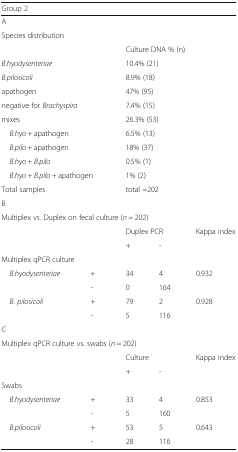
| <COLSPAN=5> Group 2 |
 | --- | --- | --- | --- | --- |
 | <COLSPAN=5> A |
 | <COLSPAN=5> Species distribution |
 | <COLSPAN=2>  | <COLSPAN=3> Culture DNA % (n) |
 | <COLSPAN=2> B.hyodysenteriae | <COLSPAN=3> 10.4% (21) |
 | <COLSPAN=2> B.pilosicoli | <COLSPAN=3> 8.9% (18) |
 | <COLSPAN=2> apathogen | <COLSPAN=3> 47% (95) |
 | <COLSPAN=2> negative for Brachyspira | <COLSPAN=3> 7.4% (15) |
 | <COLSPAN=2> mixes | <COLSPAN=3> 26.3% (53) |
 | <COLSPAN=2> B.hyo + apathogen | <COLSPAN=3> 6.5% (13) |
 | <COLSPAN=2> B.pilo + apathogen | <COLSPAN=3> 18% (37) |
 | <COLSPAN=2> B.hyo + B.pilo | <COLSPAN=3> 0.5% (1) |
 | <COLSPAN=2> B.hyo + B.pilo + apathogen | <COLSPAN=3> 1% (2) |
 | <COLSPAN=2> Total samples | <COLSPAN=3> total =202 |
 | <COLSPAN=5> B |
 | <COLSPAN=5> Multiplex vs. Duplex on fecal culture (n = 202) |
 | <COLSPAN=2>  | <COLSPAN=2> Duplex PCR | Kappa index |
 | <COLSPAN=2>  | + | - |  |
 | <COLSPAN=5> Multiplex qPCR culture |
 | <ROWSPAN=2> B.hyodysenteriae | + | 34 | 4 | 0.932 |
 | - | 0 | 164 |  |
 | <ROWSPAN=2> B. pilosicoli | + | 79 | 2 | 0.928 |
 | - | 5 | 116 |  |
 | <COLSPAN=5> C |
 | <COLSPAN=5> Multiplex qPCR culture vs. swabs (n = 202) |
 | <COLSPAN=2>  | <COLSPAN=2> Culture | Kappa index |
 | <COLSPAN=2>  | + | - |  |
 | <COLSPAN=5> Swabs |
 | <ROWSPAN=2> B.hyodysenteriae | + | 33 | 4 | 0.853 |
 | - | 5 | 160 |  |
 | <ROWSPAN=2> B.pilosicoli | + | 53 | 5 | 0.643 |
 | - | 28 | 116 |  |